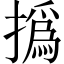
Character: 撝